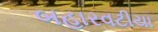
બહારવટીયા